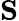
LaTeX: \mathbf{S}